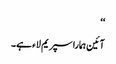
‘‘
آئین ہمارا سپریم لاء ہے۔